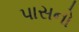
પાસનો